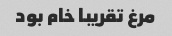
مرغ تقریبا خام بود